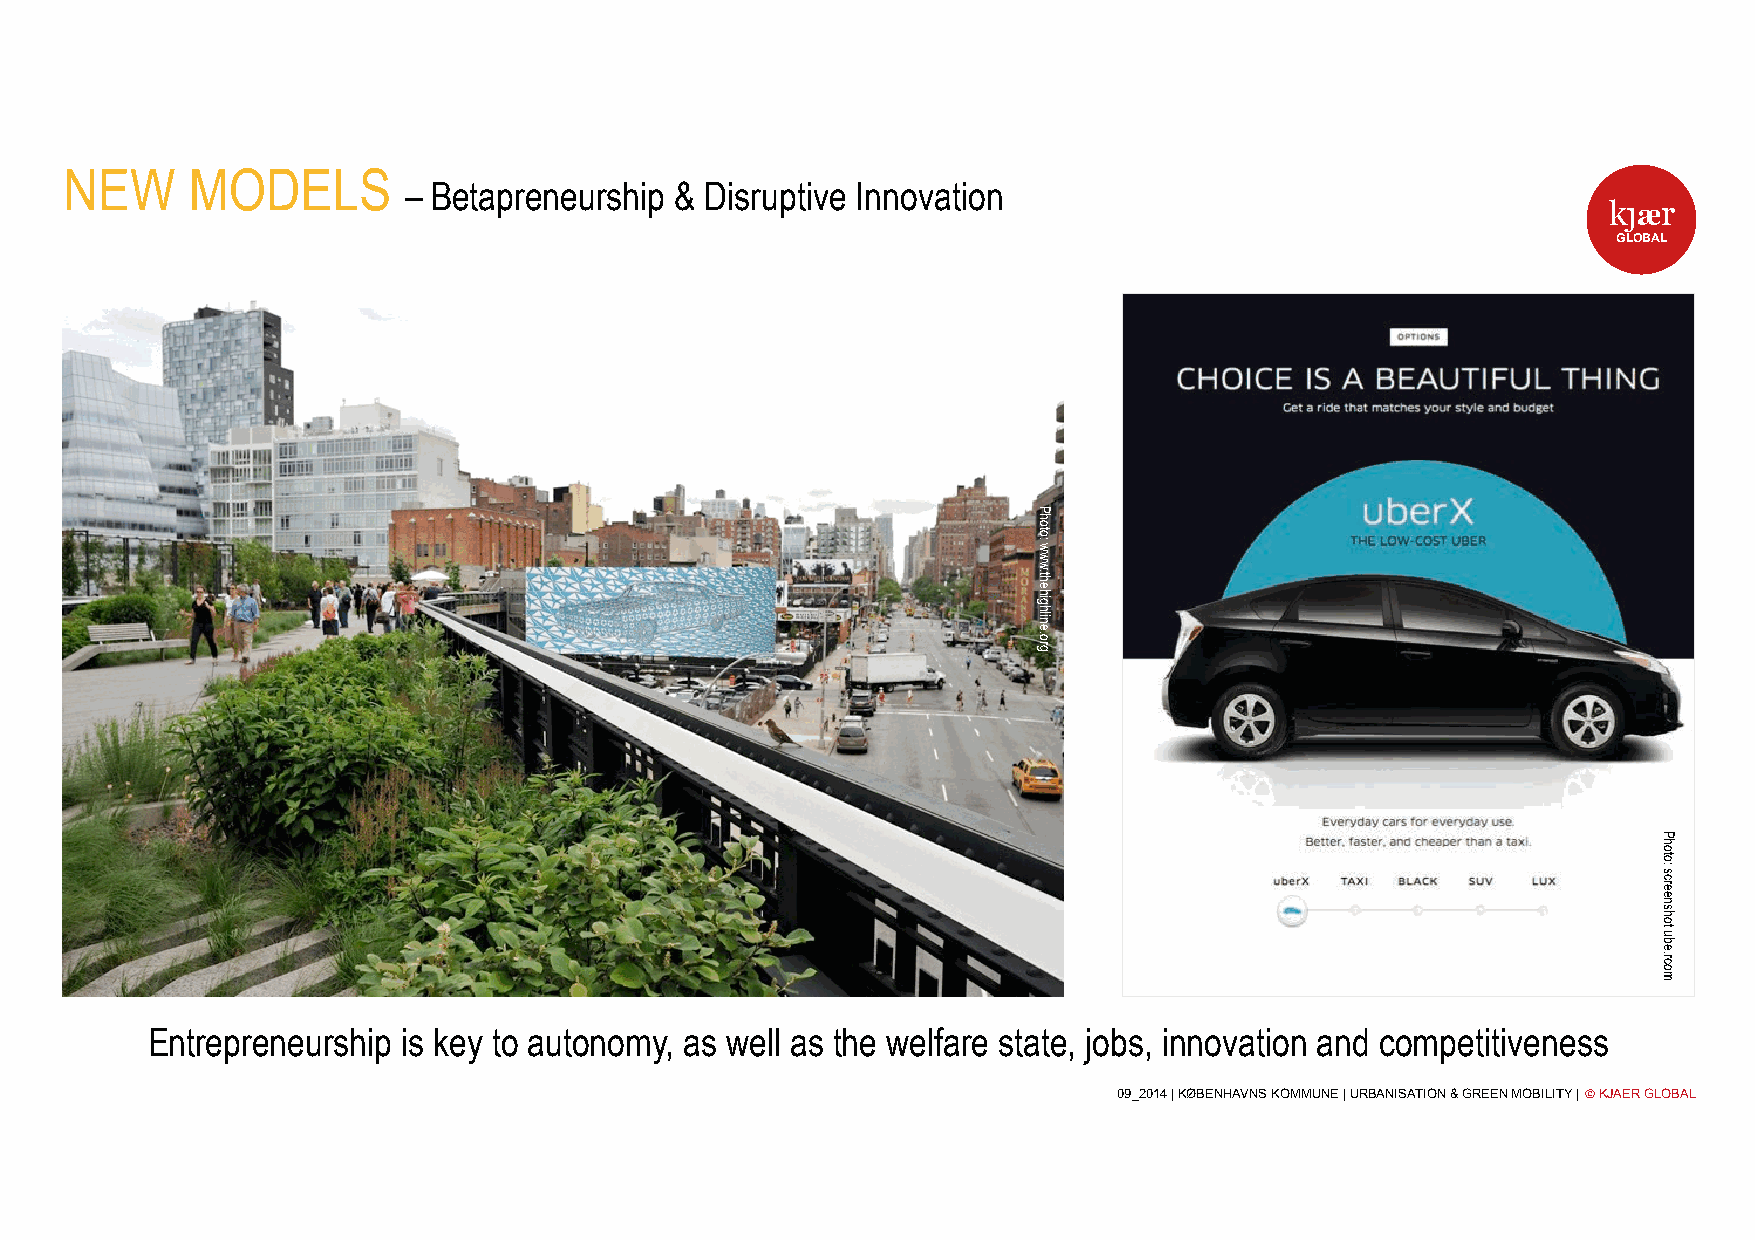
NEW     MODELS
 – Betapreneurship & Disruptive Innovation
 k!j!ær
 GLOBAL
 Entrepreneurship is key to autonomy, as well as the welfare state, jobs, innovation and competitiveness
 09_2014 | KØBENHAVNS KOMMUNE | URBANISATION & GREEN MOBILITY | ! KJAER GLOBAL
 Photo:
 www.thehighline.org
 Photo:
 screenshot
 ube.rcom